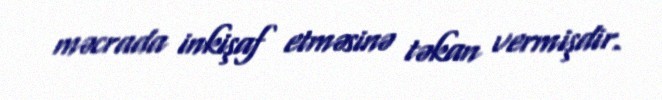
məcrada inkişaf etməsinə təkan vermişdir.